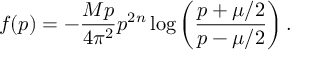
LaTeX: f ( p ) = - \frac { M p } { 4 \pi ^ { 2 } } { p ^ { 2 n } } \log \left( \frac { p + \mu / 2 } { p - \mu / 2 } \right) .